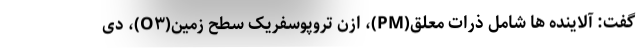
گفت: آلاینده ها شامل ذرات معلق(PM)، ازن تروپوسفریک سطح زمین(O۳)، دی